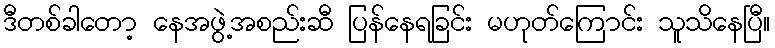
ဒီတစ်ခါတော့ နေအဖွဲ့အစည်းဆီ ပြန်နေရခြင်း မဟုတ်ကြောင်း သူသိနေပြီ။